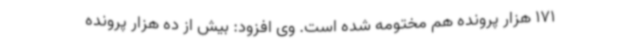
171 هزار پرونده هم مختومه شده است. وی افزود: بیش از ده هزار پرونده